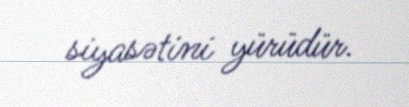
siyasətini yürüdür.